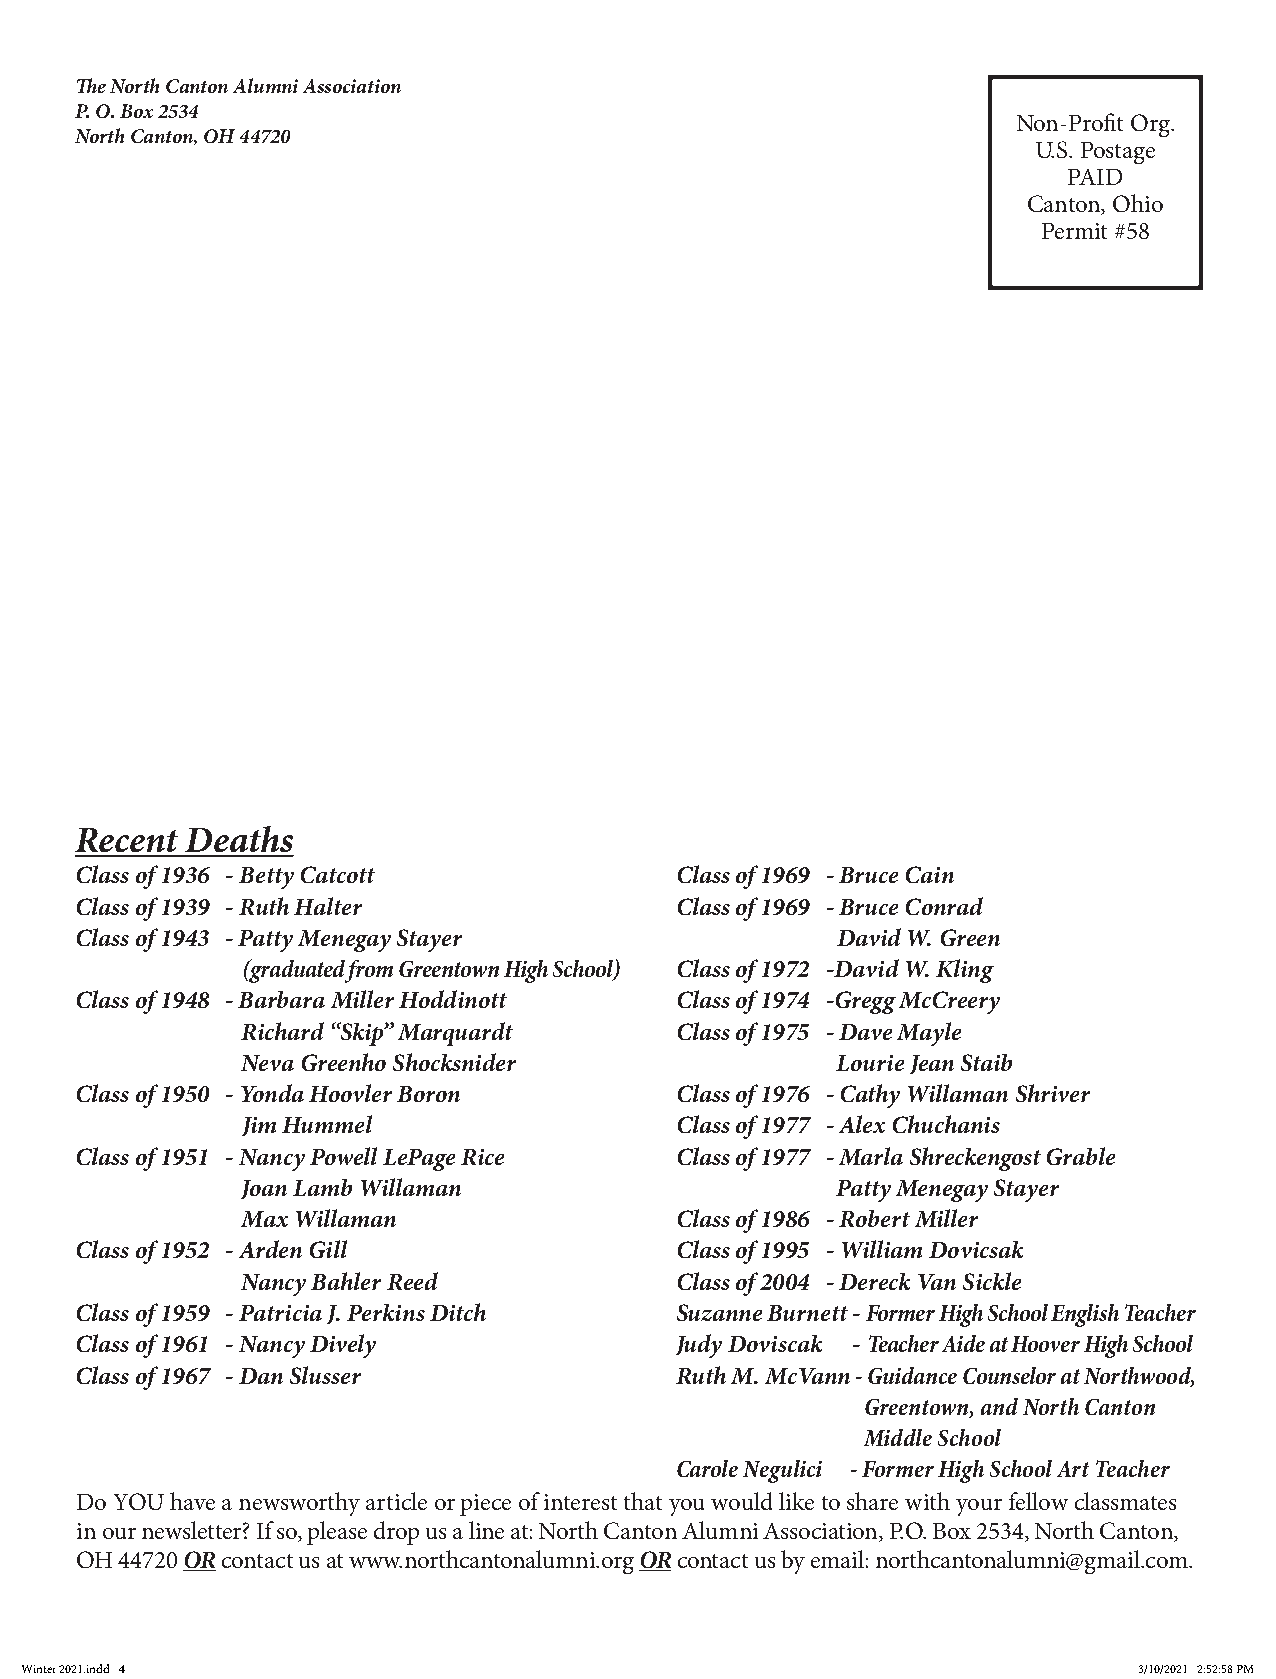
The North Canton Alumni Association
 P. O. Box 2534
 Non-Profit Org.
 North Canton, OH 44720
 U.S. Postage
 PAID
 Canton, Ohio
 Permit #58
 Recent Deaths
 Class of 1936 - Betty Catcott           Class of 1969 - Bruce Cain
 Class of 1939 - Ruth Halter             Class of 1969 - Bruce Conrad
 Class of 1943 - Patty Menegay Stayer              David W. Green
 (graduated from Greentown High School) Class of 1972 -David W. Kling
 Class of 1948 - Barbara Miller Hoddinott Class of 1974 -Gregg McCreery
 Richard “Skip” Marquardt     Class of 1975 - Dave Mayle
 Neva Greenho Shocksnider               Lourie Jean Staib
 Class of 1950 - Yonda Hoovler Boron     Class of 1976 - Cathy Willaman Shriver
 Jim Hummel                   Class of 1977 - Alex Chuchanis
 Class of 1951 - Nancy Powell LePage Rice Class of 1977 - Marla Shreckengost Grable
 Joan Lamb Willaman                     Patty Menegay Stayer
 Max Willaman                 Class of 1986 - Robert Miller
 Class of 1952 - Arden Gill              Class of 1995 - William Dovicsak
 Nancy Bahler Reed            Class of 2004 - Dereck Van Sickle
 Class of 1959 - Patricia J. Perkins Ditch Suzanne Burnett - Former High School English Teacher
 Class of 1961 - Nancy Dively            Judy Doviscak - Teacher Aide at Hoover High School
 Class of 1967 - Dan Slusser             Ruth M. McVann - Guidance Counselor at Northwood,
 Greentown, and North Canton
 Middle School
 Carole Negulici - Former High School Art Teacher
 Do YOU have a newsworthy article or piece of interest that you would like to share with your fellow classmates
 in our newsletter? If so, please drop us a line at: North Canton Alumni Association, P.O. Box 2534, North Canton,
 OH 44720 OR contact us at www.northcantonalumni.org OR contact us by email: northcantonalumni@gmail.com.
 Winter 2021.indd 4                                                        3/10/2021 2:52:58 PM